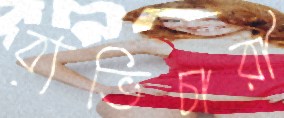
ব্যভিচারী